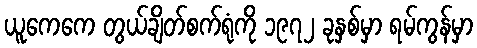
ယူကေကေ တွယ်ချိတ်စက်ရုံကို ၁၉၇၂ ခုနှစ်မှာ ရမ်ကွန်မှာ